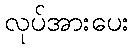
လုပ်အားပေး